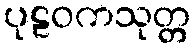
ပုဠဝကသုတ္တ